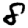
Digit: 8